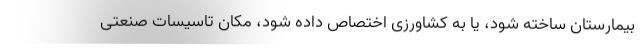
بیمارستان ساخته شود، یا به کشاورزی اختصاص داده شود، مکان تاسیسات صنعتی